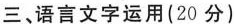
三、语言文字运用(20分)